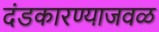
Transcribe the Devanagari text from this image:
दंडकारण्याजवळ